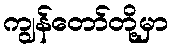
ကျွန်တော်တို့မှာ